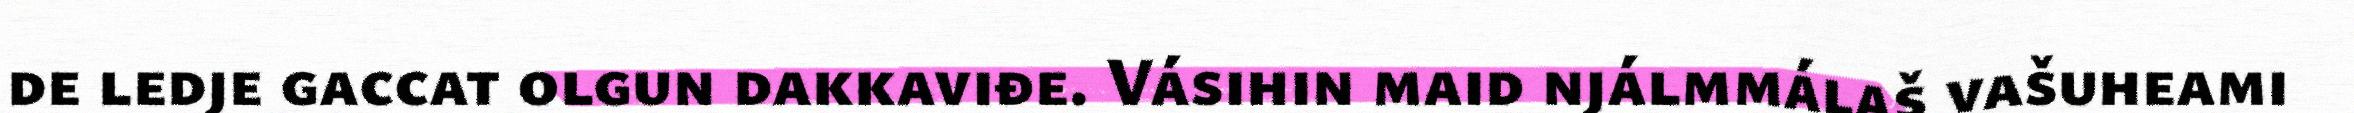
de ledje gaccat olgun dakkaviđe. Vásihin maid njálmmálaš vašuheami